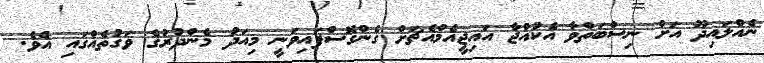
ނެއްލައިދޫ އަށް ނިސްބަތްވާ އެކުއްޖާ އައިޖީއެމްއެޗަށް ގެންގޮސްފައިވަނީ މިއަދު މެންދުރުގެ ވަގުތެއްގައި އެވެ.